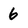
Character: 6